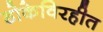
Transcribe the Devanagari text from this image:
डोकेविरहीत